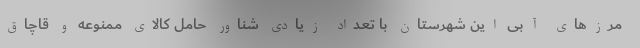
مرزهای آبی این شهرستان با تعداد زیادی شناور حامل کالای ممنوعه و قاچاق